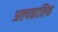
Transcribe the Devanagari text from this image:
अल्‍पकालिक